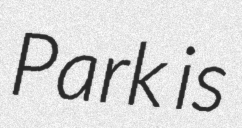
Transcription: Park is